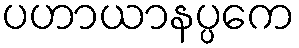
ပဟာယာနပ္ပကေ